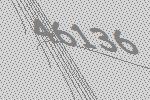
46136